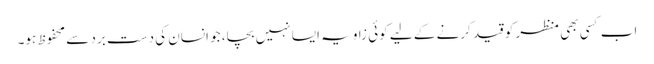
اب کسی بھی منظر کو قید کرنے کے لیے کوئی زاویہ ایسا نہیں بچا، جو انسان کی دست برد سے محفوظ ہو۔